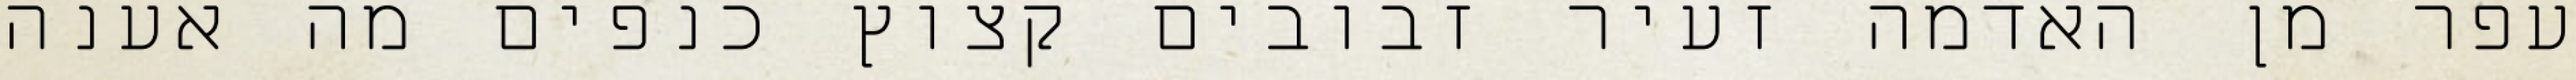
עפר מן האדמה זעיר זבובים קצוץ כנפים מה אענה